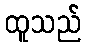
ထူသည်